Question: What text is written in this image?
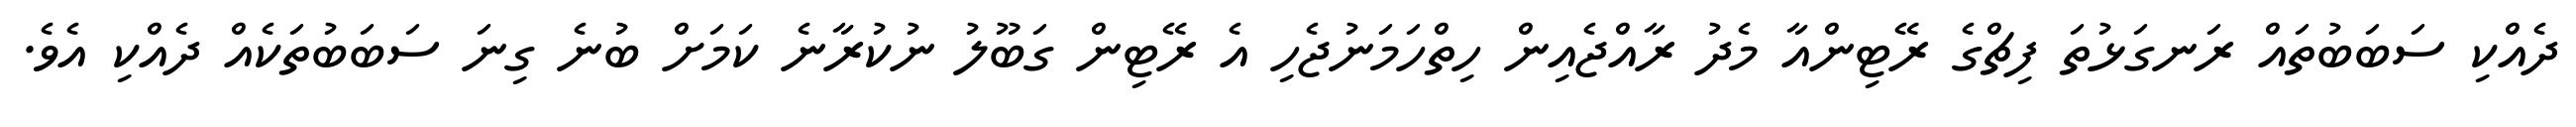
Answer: ދެއްކި ސަބަބުތައް ރަނގަޅުތަ ފިޗްގެ ރޭޓިންއާ މެދު ރާއްޖެއިން ހިތްހަމަނުޖެހި އެ ރޭޓިން ގަބޫލު ނުކުރާނެ ކަމަށް ބުނެ ގިނަ ސަބަބުތަކެއް ދެއްކި އެވެ.